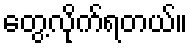
တွေ့လိုက်ရတယ်။